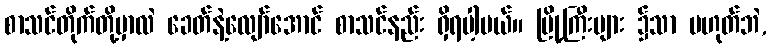
စာသင်တိုက်တို့မှာလဲ ခေတ်နဲ့လျော်အောင် စာသင်နည်း ရှိရပါ့မယ်။ မြို့ကြီးများ ၌သာ မဟုတ်ဘဲ,